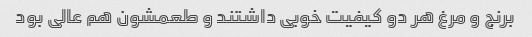
برنج و مرغ هر دو کیفیت خوبی داشتند و طعمشون هم عالی بود